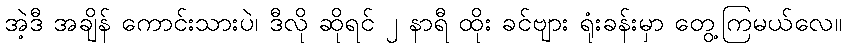
အဲ့ဒီ အချိန် ကောင်းသားပဲ၊ ဒီလို ဆိုရင် ၂ နာရီ ထိုး ခင်ဗျား ရုံးခန်းမှာ တွေ့ကြမယ်လေ။